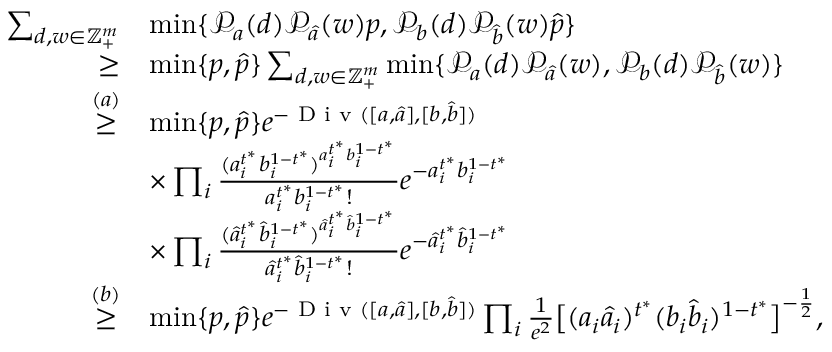
\begin{array} { r l } { \sum _ { d , w \in \mathbb { Z } _ { + } ^ { m } } } & { \operatorname* { m i n } \{ \mathcal { P } _ { a } ( d ) \mathcal { P } _ { \hat { a } } ( w ) p , \mathcal { P } _ { b } ( d ) \mathcal { P } _ { \hat { b } } ( w ) \hat { p } \} } \\ { \geq } & { \operatorname* { m i n } \{ p , \hat { p } \} \sum _ { d , w \in \mathbb { Z } _ { + } ^ { m } } \operatorname* { m i n } \{ \mathcal { P } _ { a } ( d ) \mathcal { P } _ { \hat { a } } ( w ) , \mathcal { P } _ { b } ( d ) \mathcal { P } _ { \hat { b } } ( w ) \} } \\ { \overset { ( a ) } { \geq } } & { \operatorname* { m i n } \{ p , \hat { p } \} e ^ { - \textup { D i v } ( [ a , \hat { a } ] , [ b , \hat { b } ] ) } } \\ & { \times \prod _ { i } \frac { ( a _ { i } ^ { t ^ { * } } b _ { i } ^ { 1 - t ^ { * } } ) ^ { a _ { i } ^ { t ^ { * } } b _ { i } ^ { 1 - t ^ { * } } } } { a _ { i } ^ { t ^ { * } } b _ { i } ^ { 1 - t ^ { * } } ! } e ^ { - a _ { i } ^ { t ^ { * } } b _ { i } ^ { 1 - t ^ { * } } } } \\ & { \times \prod _ { i } \frac { ( \hat { a } _ { i } ^ { t ^ { * } } \hat { b } _ { i } ^ { 1 - t ^ { * } } ) ^ { \hat { a } _ { i } ^ { t ^ { * } } \hat { b } _ { i } ^ { 1 - t ^ { * } } } } { \hat { a } _ { i } ^ { t ^ { * } } \hat { b } _ { i } ^ { 1 - t ^ { * } } ! } e ^ { - \hat { a } _ { i } ^ { t ^ { * } } \hat { b } _ { i } ^ { 1 - t ^ { * } } } } \\ { \overset { ( b ) } { \geq } } & { \operatorname* { m i n } \{ p , \hat { p } \} e ^ { - \textup { D i v } ( [ a , \hat { a } ] , [ b , \hat { b } ] ) } \prod _ { i } \frac { 1 } { e ^ { 2 } } \big [ ( a _ { i } \hat { a } _ { i } ) ^ { t ^ { * } } ( b _ { i } \hat { b } _ { i } ) ^ { 1 - t ^ { * } } \big ] ^ { - \frac { 1 } { 2 } } , } \end{array}